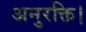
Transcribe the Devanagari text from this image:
अनुरक्ति।